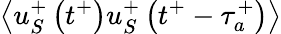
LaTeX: \left<u_{S}^{+}\left(t^{+}\right)u_{S}^{+}\left(t^{+}-\tau_{a}^{+}\right)\right>